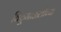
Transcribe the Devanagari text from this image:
विठूमाऊलीच्या